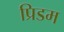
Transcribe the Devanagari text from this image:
प्रिडम